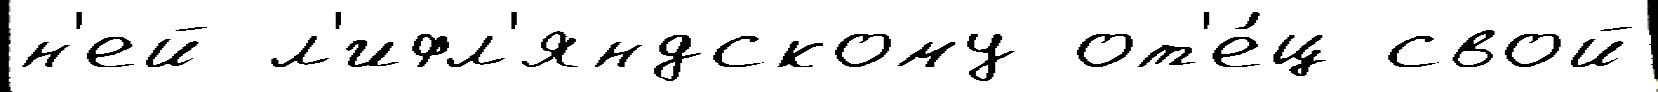
н'ей л'ифл'яндскому от'е́ц свой